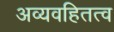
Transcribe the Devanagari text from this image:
अव्यवहितत्व